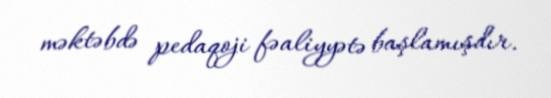
məktəbdə pedaqoji fəaliyyətə başlamışdır.